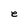
Character: e